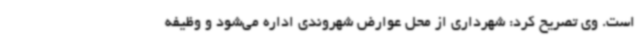
است. وی تصریح کرد: شهرداری از محل عوارض شهروندی اداره می‌شود و وظیفه